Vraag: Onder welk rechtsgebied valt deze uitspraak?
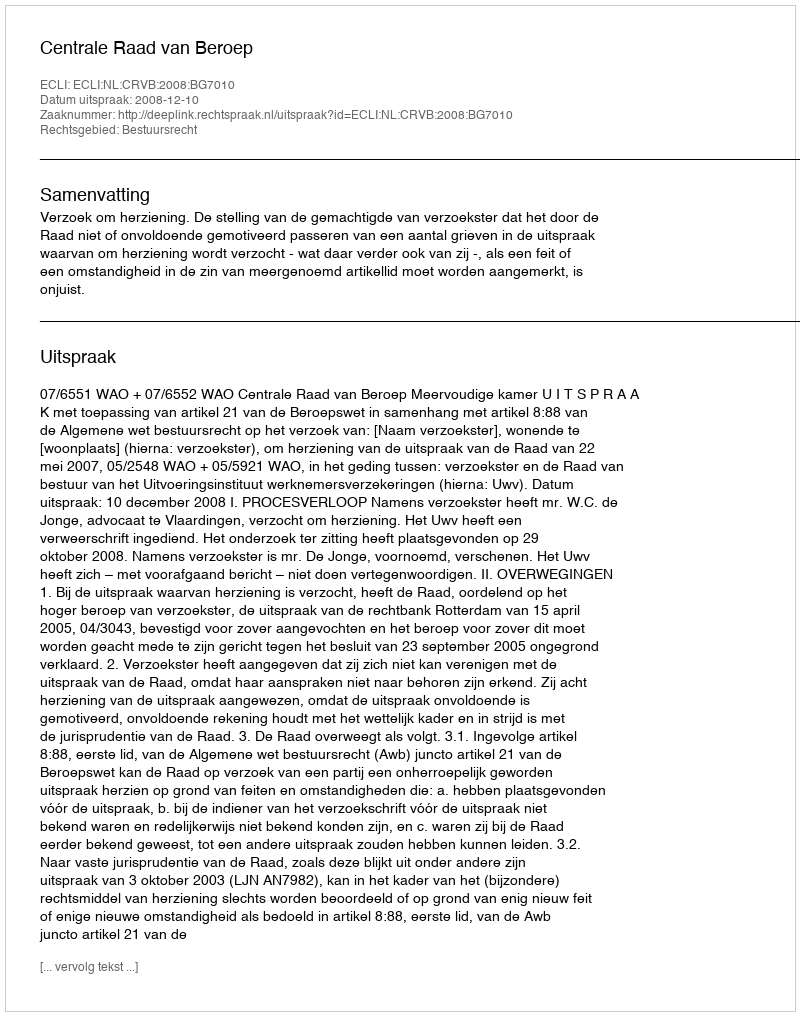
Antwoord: Bestuursrecht